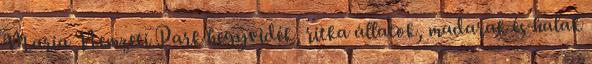
Maria Nemzeti Park hegyvidék, ritka állatok, madarak és halak